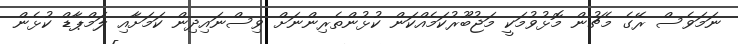
ނަމަވެސް ރޭގެ މެޗުން މޮޅުވުމަކީ މަޖުބޫރުކަމެއްކަން ކުޅުންތެރިންނަށް ވިސްނައިދިން ކަމަށާއި ލަމްޕާޑް ކުޅެން